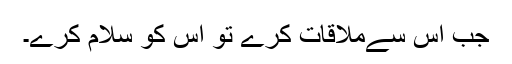
جب اس سےملاقات کرے تو اس کو سلام کرے۔